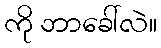
ကို ဘာခေါ်လဲ။